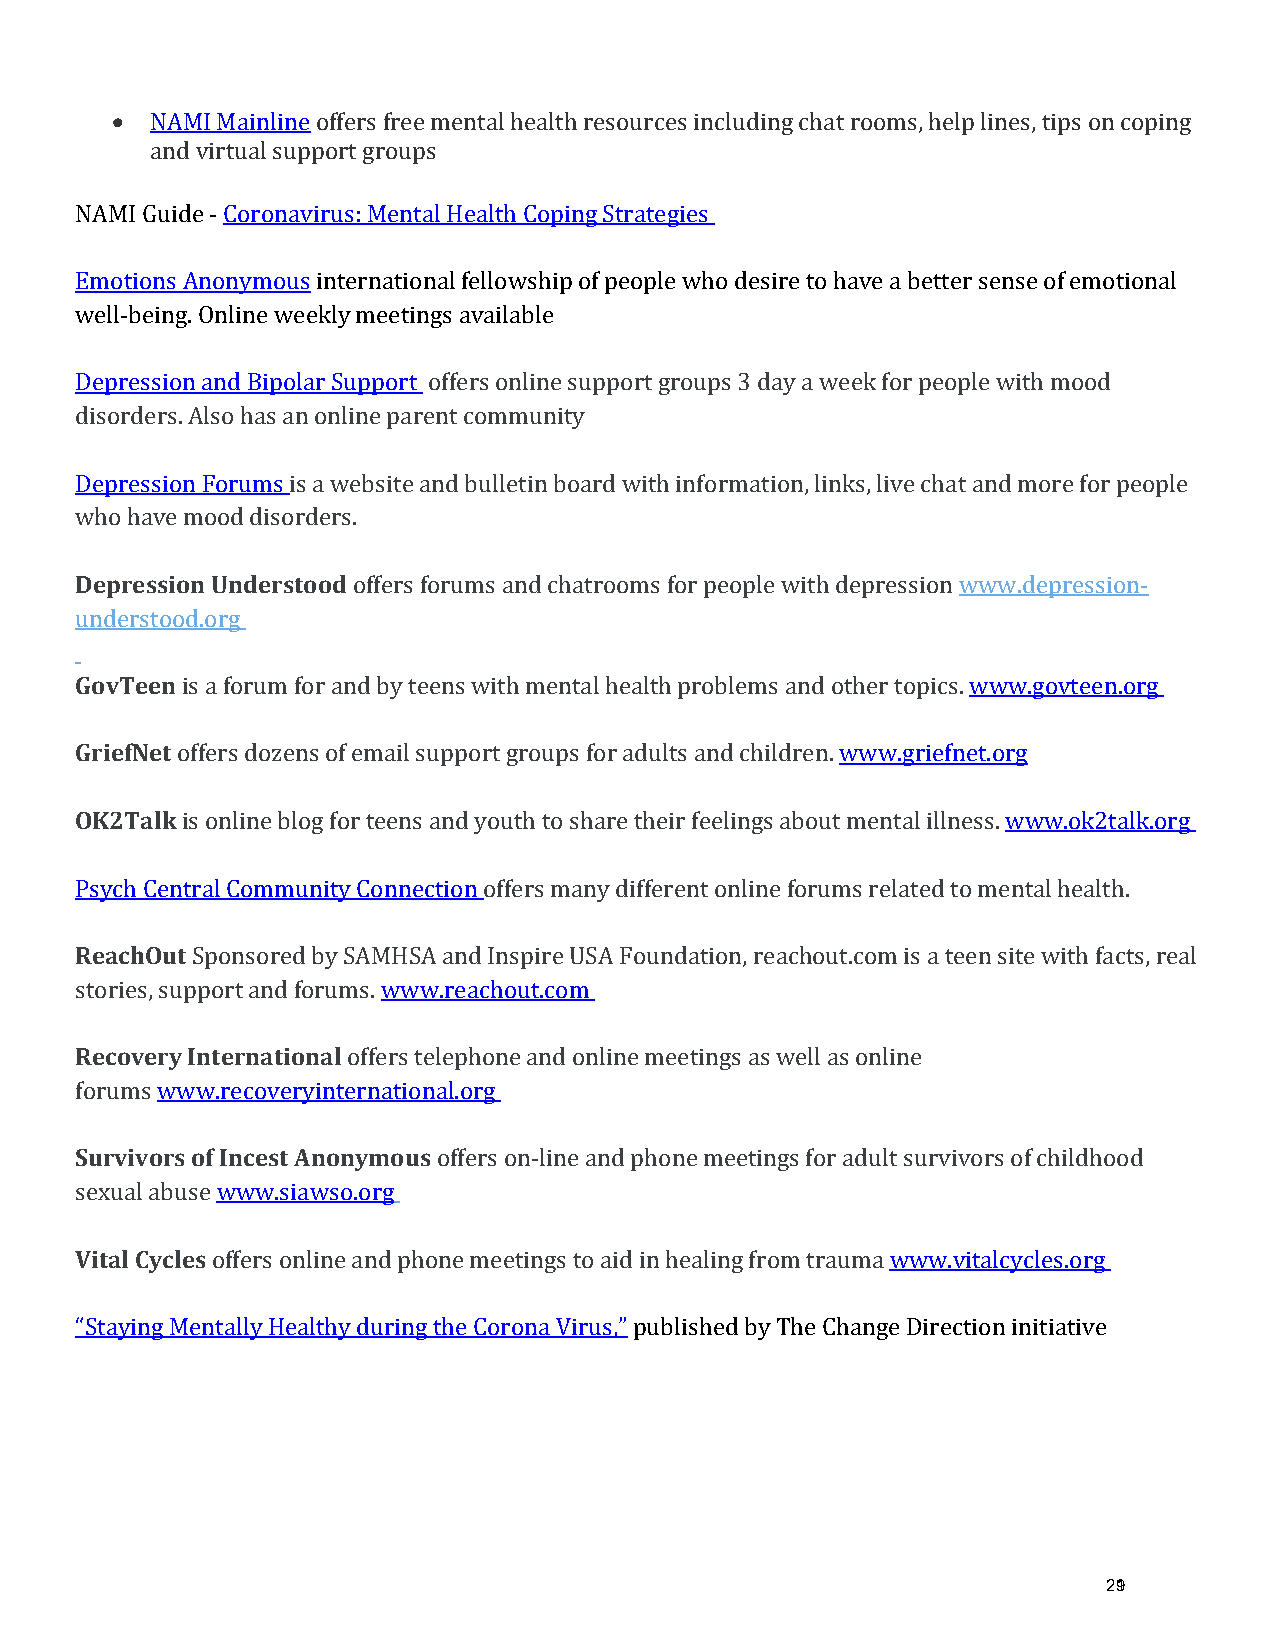
•
 NAMI Mainline offers free mental health resources including chat rooms, help lines, tips on coping
 and virtual support groups
 NAMI Guide - Coronavirus: Mental Health Coping Strategies
 Emotions Anonymous international fellowship of people who desire to have a better sense of emotional
 well-being. Online weekly meetings available
 Depression and Bipolar Support offers online support groups 3 day a week for people with mood
 disorders. Also has an online parent community
 Depression Forums is a website and bulletin board with information, links, live chat and more for people
 who have mood disorders.
 Depression Understood
 offers forums and chatrooms for people with depression www.depression-
 understood.org
 GovTeen
 is a forum for and by teens with mental health problems and other topics. www.govteen.org
 GriefNet
 offers dozens of email support groups for adults and children. www.griefnet.org
 OK2Talk
 is online blog for teens and youth to share their feelings about mental illness. www.ok2talk.org
 Psych Central Community Connection offers many different online forums related to mental health.
 ReachOut
 Sponsored by SAMHSA and Inspire USA Foundation, reachout.com is a teen site with facts, real
 stories, support and forums. www.reachout.com
 Recovery International
 offers telephone and online meetings as well as online
 forums www.recoveryinternational.org
 Survivors of Incest Anonymous
 offers on-line and phone meetings for adult survivors of childhood
 sexual abuse www.siawso.org
 Vital Cycles
 offers online and phone meetings to aid in healing from trauma www.vitalcycles.org
 “Staying Mentally Healthy during the Corona Virus,” published by The Change Direction initiative
 291